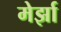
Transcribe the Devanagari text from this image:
मेर्झा